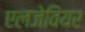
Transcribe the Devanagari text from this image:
एलजेवियर